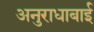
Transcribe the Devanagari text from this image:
अनुराधाबाई